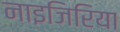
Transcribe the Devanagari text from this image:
नाइजिरिया